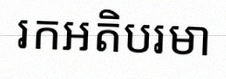
រកអតិបរមា